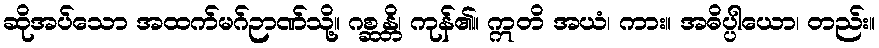
ဆိုအပ်သော အထက်မဂ်ဉာဏ်သို့။ ဂစ္ဆန္တိ၊ ကုန်၏။ ဣတိ အယံ၊ ကား။ အဓိပ္ပါယော၊ တည်း။